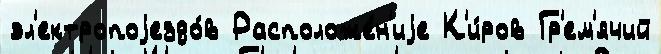
эл'ектропоjездо́в Расположе́н'иjе К'и́ров Гр'ем'ячий